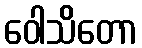
ဝေါသိတော